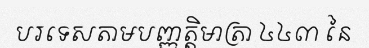
បរទេសតាមបញ្ញត្តិមាត្រា ៤៤៣ នៃ